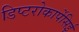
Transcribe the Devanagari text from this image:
डिप्टरोकार्पेसिई